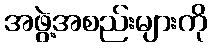
အဖွဲ့အစည်းများကို